画像に写った文字を読んでください
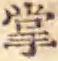
「掌」と書いてあります